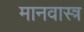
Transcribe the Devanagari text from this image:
मानवास्त्र